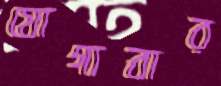
যোগাবার